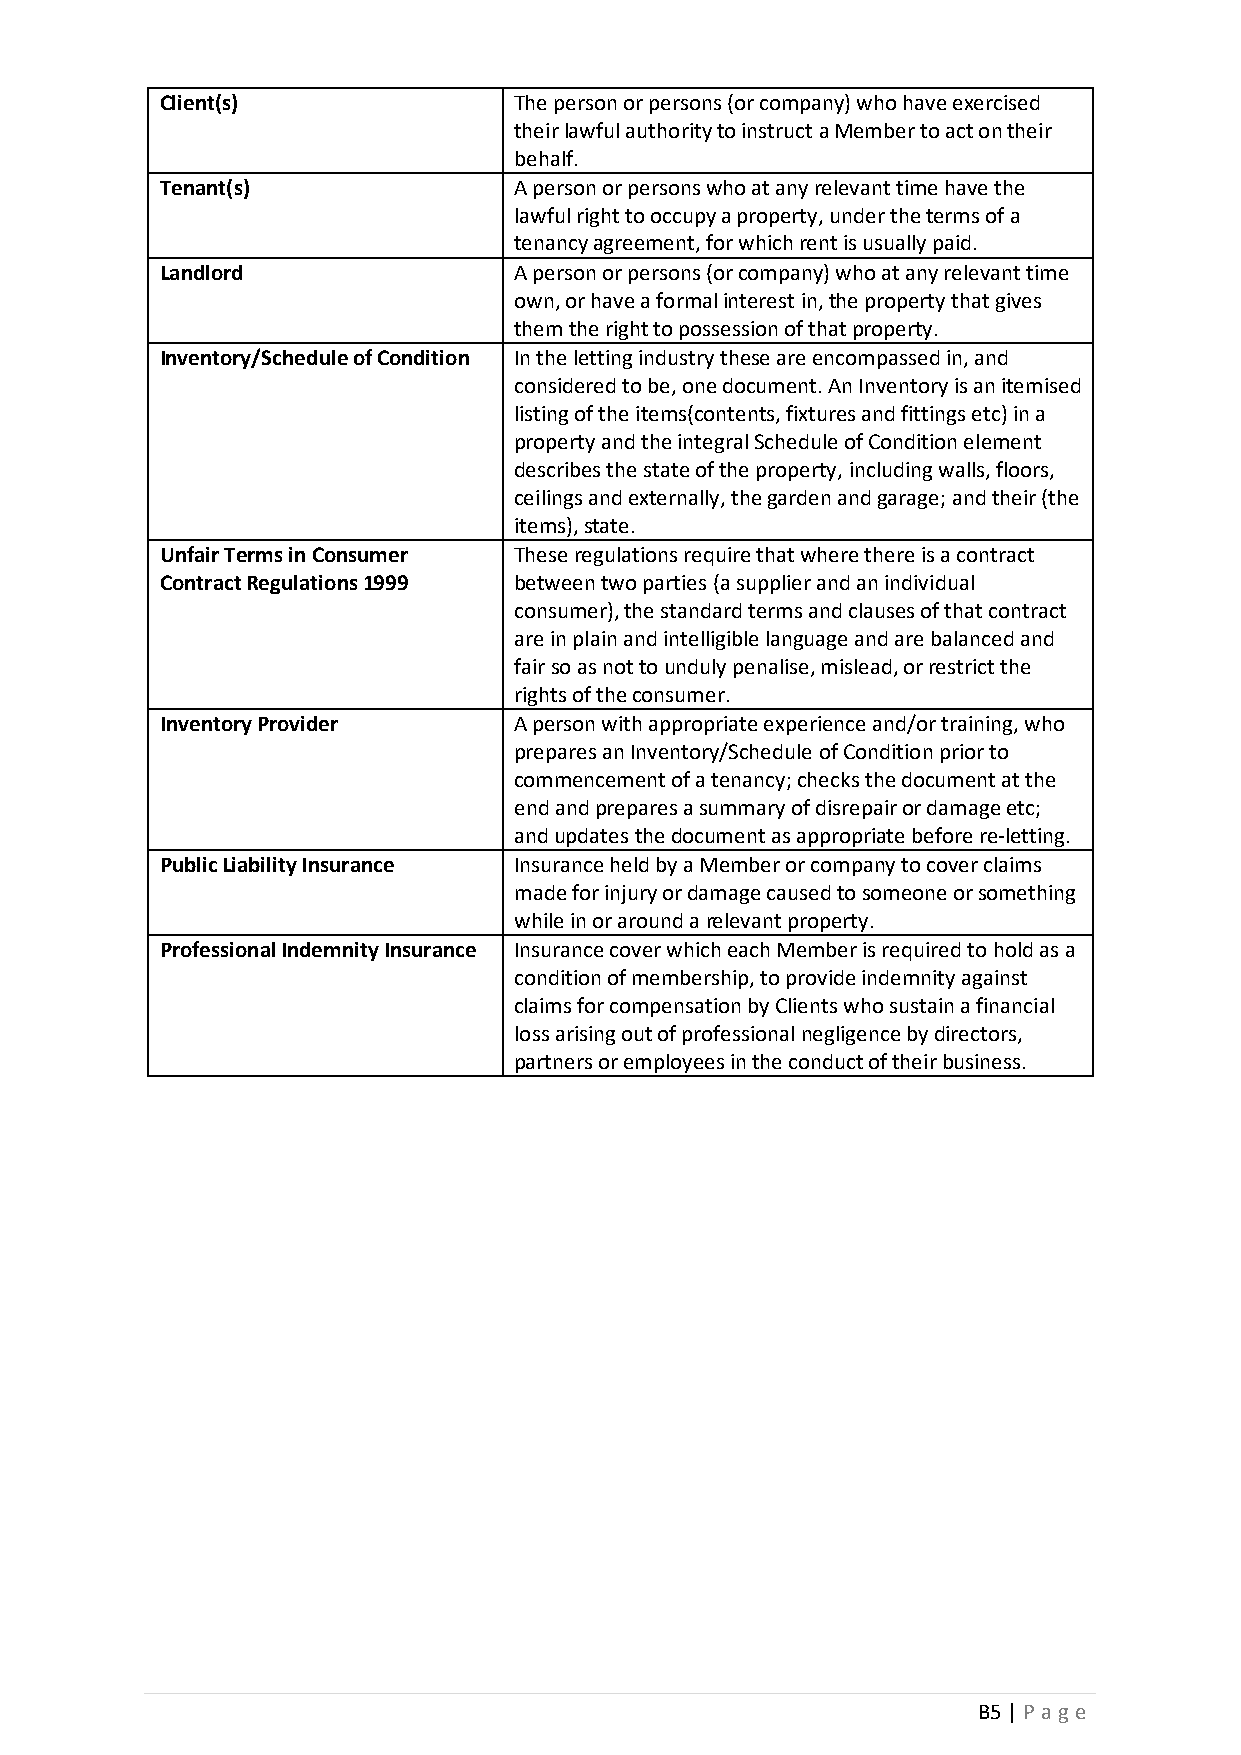
Client(s)              The person or persons (or company) who have exercised
 their lawful authority to instruct a Member to act on their
 behalf.
 Tenant(s)              A person or persons who at any relevant time have the
 lawful right to occupy a property, under the terms of a
 tenancy agreement, for which rent is usually paid.
 Landlord               A person or persons (or company) who at any relevant time
 own, or have a formal interest in, the property that gives
 them the right to possession of that property.
 Inventory/Schedule of Condition In the letting industry these are encompassed in, and
 considered to be, one document. An Inventory is an itemised
 listing of the items(contents, fixtures and fittings etc) in a
 property and the integral Schedule of Condition element
 describes the state of the property, including walls, floors,
 ceilings and externally, the garden and garage; and their (the
 items), state.
 Unfair Terms in Consumer These regulations require that where there is a contract
 Contract Regulations 1999 between two parties (a supplier and an individual
 consumer), the standard terms and clauses of that contract
 are in plain and intelligible language and are balanced and
 fair so as not to unduly penalise, mislead, or restrict the
 rights of the consumer.
 Inventory Provider     A person with appropriate experience and/or training, who
 prepares an Inventory/Schedule of Condition prior to
 commencement of a tenancy; checks the document at the
 end and prepares a summary of disrepair or damage etc;
 and updates the document as appropriate before re-letting.
 Public Liability Insurance Insurance held by a Member or company to cover claims
 made for injury or damage caused to someone or something
 while in or around a relevant property.
 Professional Indemnity Insurance Insurance cover which each Member is required to hold as a
 condition of membership, to provide indemnity against
 claims for compensation by Clients who sustain a financial
 loss arising out of professional negligence by directors,
 partners or employees in the conduct of their business.
 B5 | P a g e